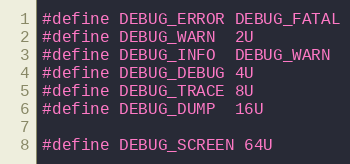
Language: C
#define DEBUG_ERROR DEBUG_FATAL
#define DEBUG_WARN  2U
#define DEBUG_INFO  DEBUG_WARN
#define DEBUG_DEBUG 4U
#define DEBUG_TRACE 8U
#define DEBUG_DUMP  16U

#define DEBUG_SCREEN 64U